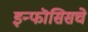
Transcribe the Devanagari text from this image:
इन्फॊसिसचे